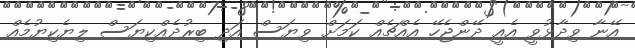
އޭނާ ވިދާޅުވީ އެއީ ދޭންޖެހޭ އެއްޗެއް ކަމަށް ވިޔަސް އަދި ބިރުދެއްކިޔަސް ލިޔެކިޔުމެއް